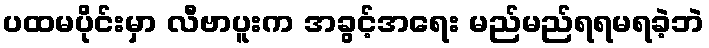
ပထမပိုင်းမှာ လီဗာပူးက အခွင့်အရေး မည်မည်ရရမရခဲ့ဘဲ